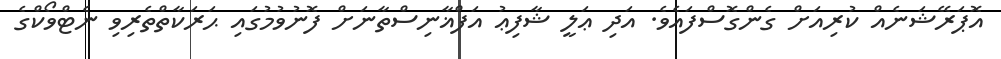
އޮޕަރޭޝަނެއް ކުރިއަށް ގެންގޮސްފައެވެ. އަދި ޢަލީ ޝާފިޢު އަފްޣާނިސްތާނަށް ފޮނުވުމުގައި ޙަރަކާތްތެރިވި ނެޓްވޯކްގެ